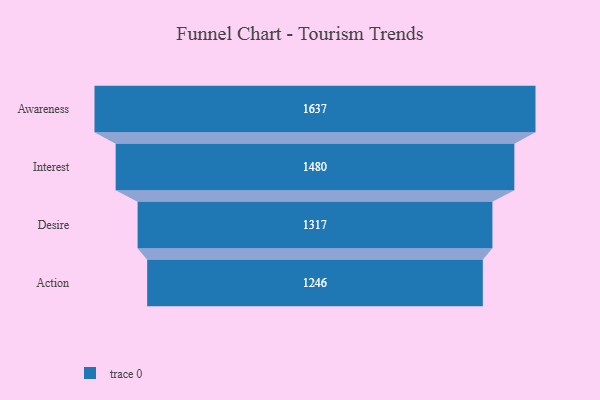
{"axis": {"x": "Stage", "y": "Value"}, "legend": [""], "data": [{"x": "Awareness", "y": 1637.0, "type": ""}, {"x": "Interest", "y": 1480.0, "type": ""}, {"x": "Desire", "y": 1317.0, "type": ""}, {"x": "Action", "y": 1246.0, "type": ""}]}